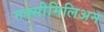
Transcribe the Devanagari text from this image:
मक्सीमिलिअन